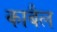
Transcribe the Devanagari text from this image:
काबैल